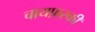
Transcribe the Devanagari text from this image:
चायफ़्स्की